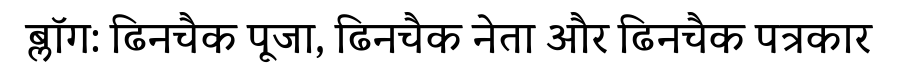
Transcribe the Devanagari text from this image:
ब्लॉग: ढिनचैक पूजा, ढिनचैक नेता और ढिनचैक पत्रकार